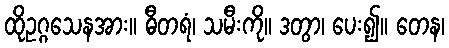
ထိုဥဂ္ဂသေနအား။ ဓီတရံ၊ သမီးကို။ ဒတွာ၊ ပေး၍။ တေန၊